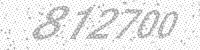
Solution: 812700